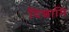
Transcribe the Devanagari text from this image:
दिशामि